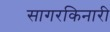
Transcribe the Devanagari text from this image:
सागरकिनारी